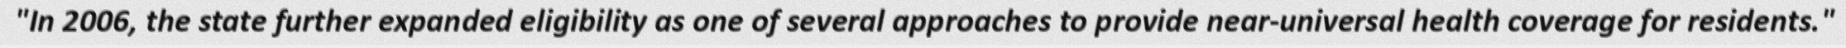
"In 2006, the state further expanded eligibility as one of several approaches to provide near-universal health coverage for residents."